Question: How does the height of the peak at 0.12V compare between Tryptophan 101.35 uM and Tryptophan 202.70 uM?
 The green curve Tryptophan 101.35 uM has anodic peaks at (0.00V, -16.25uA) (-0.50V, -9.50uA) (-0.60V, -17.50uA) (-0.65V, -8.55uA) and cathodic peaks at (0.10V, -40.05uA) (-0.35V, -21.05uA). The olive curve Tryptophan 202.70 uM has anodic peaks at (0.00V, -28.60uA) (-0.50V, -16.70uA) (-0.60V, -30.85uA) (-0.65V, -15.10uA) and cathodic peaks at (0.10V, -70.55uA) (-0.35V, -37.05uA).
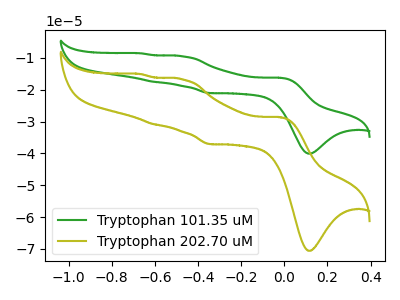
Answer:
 <answer>The peak at 0.12V is lower in "Tryptophan 101.35 uM" than in "Tryptophan 202.70 uM".</answer>
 <eval>lower</eval>